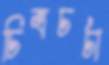
চিত্রচর্চা